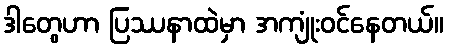
ဒါတွေဟာ ပြဿနာထဲမှာ အကျုံးဝင်နေတယ်။